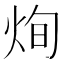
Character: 㶷